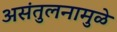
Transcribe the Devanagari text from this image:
असंतुलनामुळे